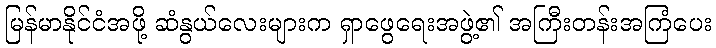
မြန်မာနိုင်ငံအဖို့ ဆံနွယ်လေးများက ရှာဖွေရေးအဖွဲ့၏ အကြီးတန်းအကြံပေး